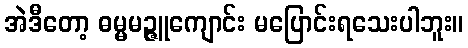
အဲဒီတော့ ဓမ္မမဉ္ဇူကျောင်း မပြောင်းရသေးပါဘူး။